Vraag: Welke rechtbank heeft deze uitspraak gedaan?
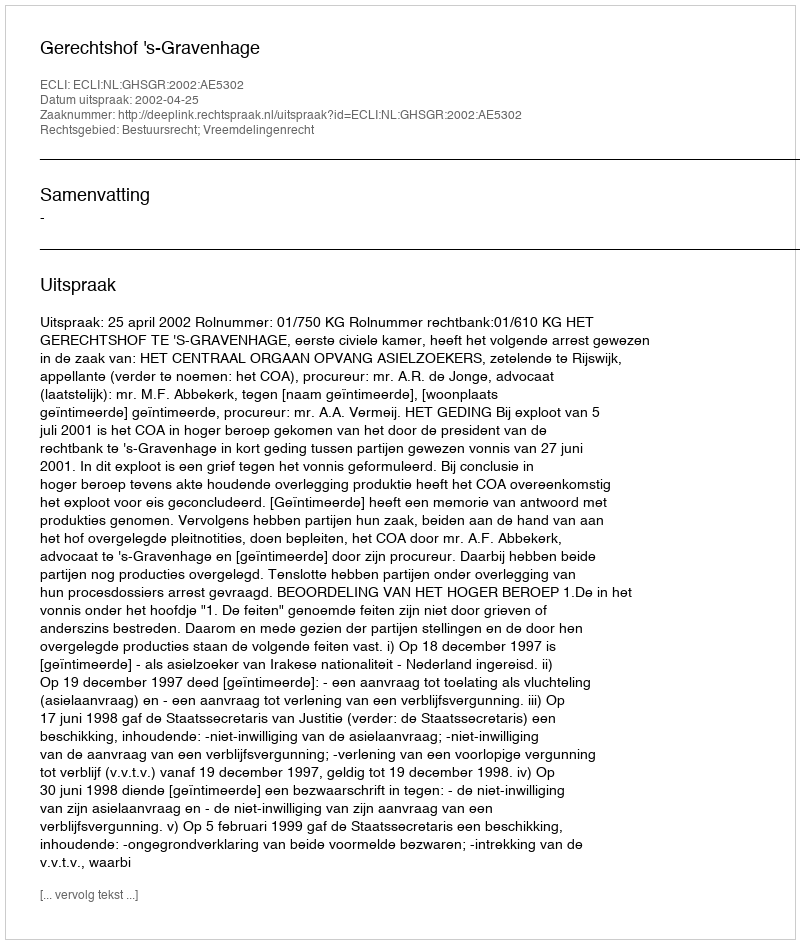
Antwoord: Gerechtshof 's-Gravenhage